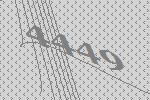
4449